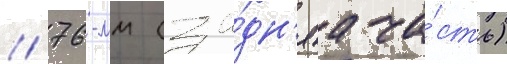
/ 76-мм (за́дн'яа ча́сть)